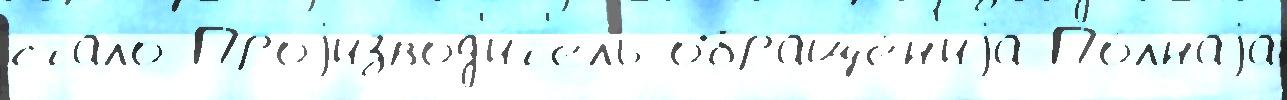
ста́ло Проjизвод'и́т'ель обраще́н'иjа По́лнаjа